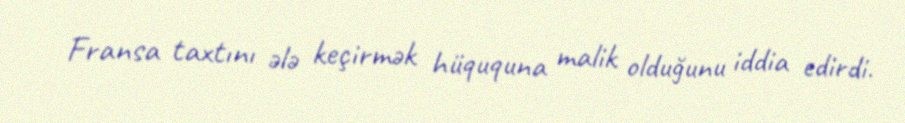
Fransa taxtını ələ keçirmək hüququna malik olduğunu iddia edirdi.